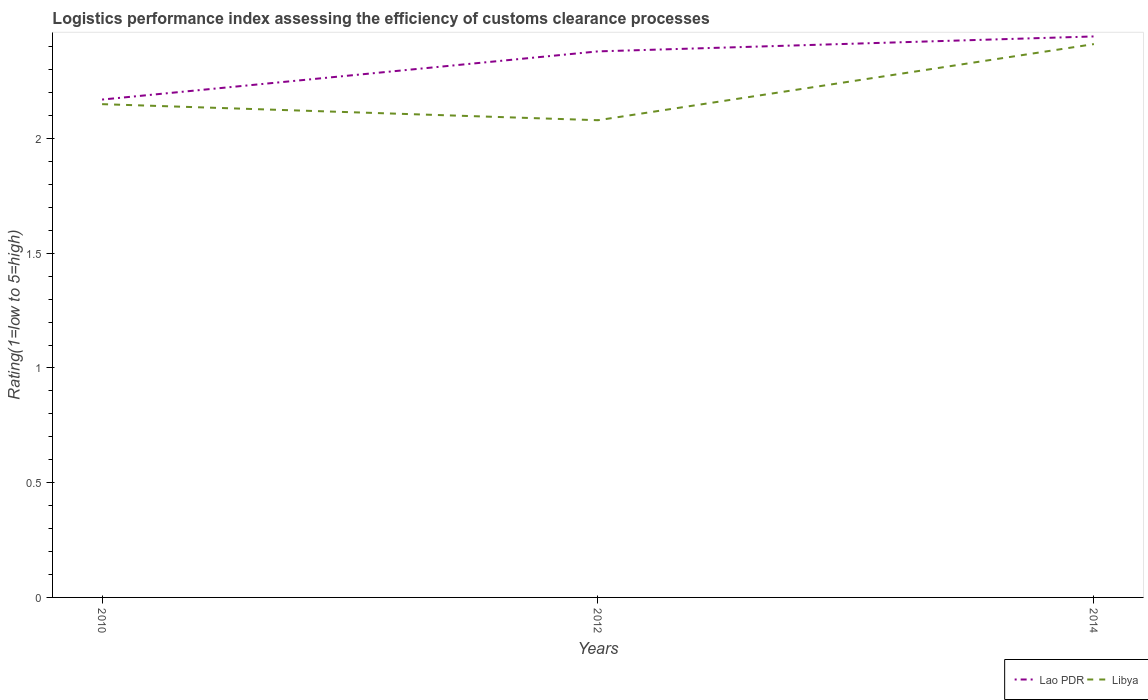
| Years | Lao PDR | Libya |
 | --- | --- | --- |
 | 2010 | 2.17 | 2.15 |
 | 2012 | 2.38 | 2.08 |
 | 2014 | 2.45 | 2.41 |